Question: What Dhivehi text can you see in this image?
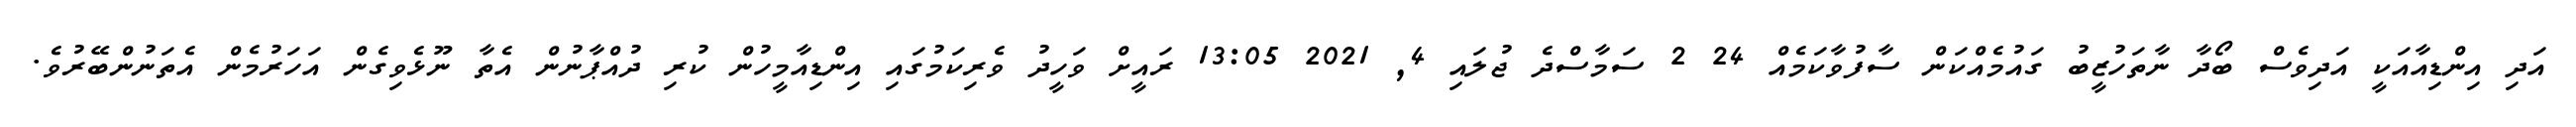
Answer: އަދި އިންޑިއާއަކީ އަދިވެސް ބޯދާ ނާތަހުޒީބު ގައުމެއްކަން ސާފުވާކަމެއް 24 2 ސަމާސްދެ ޖުލައި 4, 2021 13:05 ރައީށް ވަހީދު ވެރިކަމުގައި އިންޑިއާމީހުން ކުރި ދުއްޕާނުން އެތާ ނޫޅެވިގެން އަހަރުމެން އެތަނުންބޭރުވެ.